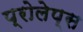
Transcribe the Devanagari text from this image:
प्रोलेप्स